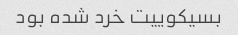
بسیکوییت خرد شده بود